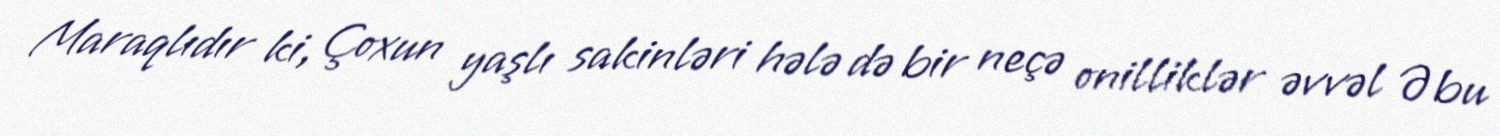
Maraqlıdır ki, Çoxun yaşlı sakinləri hələ də bir neçə onilliklər əvvəl Əbu